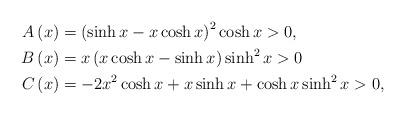
LaTeX: \begin{align*}A\left( x\right) & =\left( \sinh x-x\cosh x\right) ^{2}\cosh x>0, \\B\left( x\right) & =x\left( x\cosh x-\sinh x\right) \sinh ^{2}x>0 \\C\left( x\right) & =-2x^{2}\cosh x+x\sinh x+\cosh x\sinh ^{2}x>0, \end{align*}